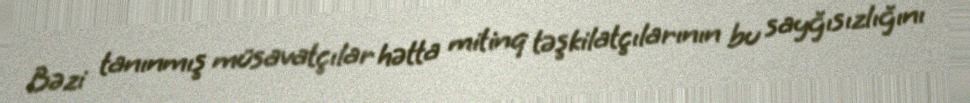
Bəzi tanınmış müsavatçılar hətta mitinq təşkilatçılarının bu sayğısızlığını